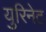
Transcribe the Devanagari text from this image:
युरिनेट